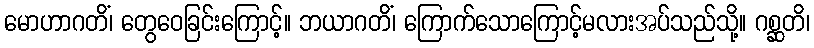
မောဟာဂတိံ၊ တွေဝေခြင်းကြောင့်။ ဘယာဂတိံ၊ ကြောက်သောကြောင့်မလားအပ်သည်သို့။ ဂစ္ဆတိ၊